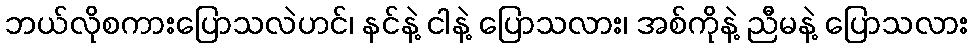
ဘယ်လိုစကားပြောသလဲဟင်၊ နင်နဲ့ ငါနဲ့ ပြောသလား၊ အစ်ကိုနဲ့ ညီမနဲ့ ပြောသလား